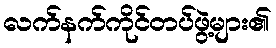
လက်နက်ကိုင်တပ်ဖွဲ့များ၏